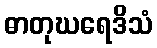
ဓာတုဃရေဒိသံ